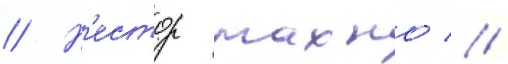
// Н'естор махно //